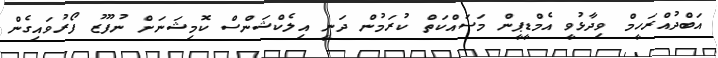
އަބްދުއްރަހީމް ވިދާޅުވީ އެމްޑީޕީން މަސައްކަތް ކުރަމުން ދަނީ އިލެކްޝަންސް ކޮމިޝަނަށް ނުފޫޒު ފޯރުވައިގެން